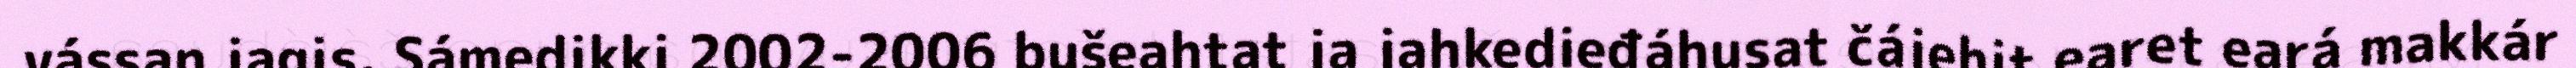
vássan jagis. Sámedikki 2002-2006 bušeahtat ja jahkedieđáhusat čájehit earet eará makkár